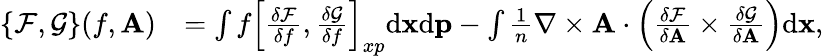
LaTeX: \begin{array}{rl}{\{ \mathcal{F},\mathcal{G}\} (f,{\mathbf A})}&{=\int f\left[\frac{\delta\mathcal{F}}{\delta f},\frac{\delta\mathcal{G}}{\delta f}\right]_{xp}\mathrm{d}{\mathbf x}\mathrm{d}{\mathbf p}-\int\frac{1}{n}\nabla\times\mathbf{A}\cdot\left(\frac{\delta\mathcal{F}}{\delta{\mathbf A}}\times\frac{\delta\mathcal{G}}{\delta{\mathbf A}}\right)\mathrm{d}{\mathbf x},}\end{array}